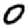
Digit: 0